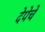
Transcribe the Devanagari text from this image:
देपेचे